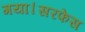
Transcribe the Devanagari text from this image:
गया।सरफेस